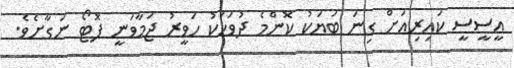
އީސީސީ ކައިރިއަށް ގިނަ ބަޔަކު ކޮންމެ ދުވަހަކު ހަވީރު ޖަމާވަނީ ފޮޓޯ ނަގާށެވެ.